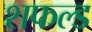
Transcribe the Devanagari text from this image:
शफल्ड